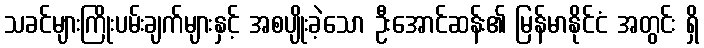
သခင်များကြိုးပမ်းချက်များနှင့် အစပျိုးခဲ့သော ဦးအောင်ဆန်း၏ မြန်မာနိုင်ငံ အတွင်း ရှိ